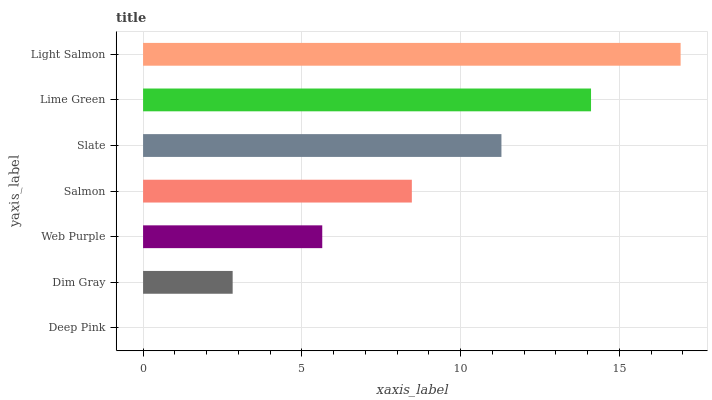
| yaxis_label | bars |
 | --- | --- |
 | Deep Pink | 0 |
 | Dim Gray | 2.82 |
 | Web Purple | 5.64 |
 | Salmon | 8.46 |
 | Slate | 11.3 |
 | Lime Green | 14.1 |
 | Light Salmon | 16.9 |